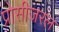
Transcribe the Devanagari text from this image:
प्रोसीजरल